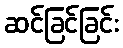
ဆင်ခြင်ခြင်း